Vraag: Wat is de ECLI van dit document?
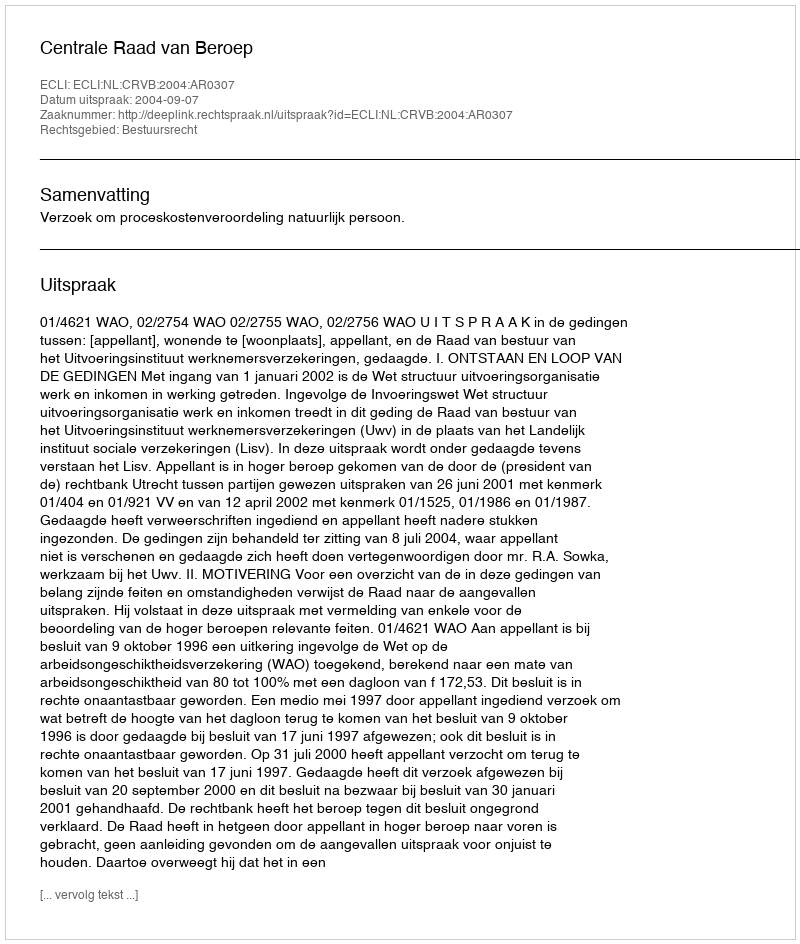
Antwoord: ECLI:NL:CRVB:2004:AR0307